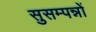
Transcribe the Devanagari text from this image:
सुसम्पन्नों